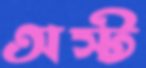
অস্ট